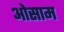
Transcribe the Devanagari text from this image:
ओसाम